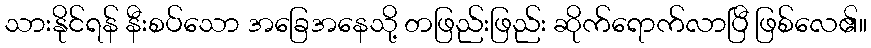
သားနိုင်ရန် နီးစပ်သော အခြေအနေသို့ တဖြည်းဖြည်း ဆိုက်ရောက်လာပြီ ဖြစ်လေ၏။